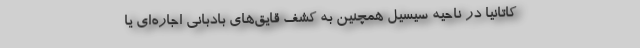
کاتانیا در ناحیه سیسیل همچنین به کشف قایق‌های بادبانی اجاره‌ای یا